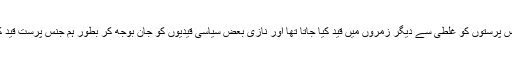
بعض ہم جنس پرستوں کو غلطی سے دیگر زمروں میں قید کیا جاتا تھا اور نازی بعض سیاسی قیدیوں کو جان بوجھ کر بطور ہم جنس پرست قید کرتے تھے۔